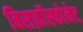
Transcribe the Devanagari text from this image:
बिसफ़ॉस्फोनेट